Report of the Indian Hemp Drugs Commission, 1894-1895 - Volume V
Year: 1894
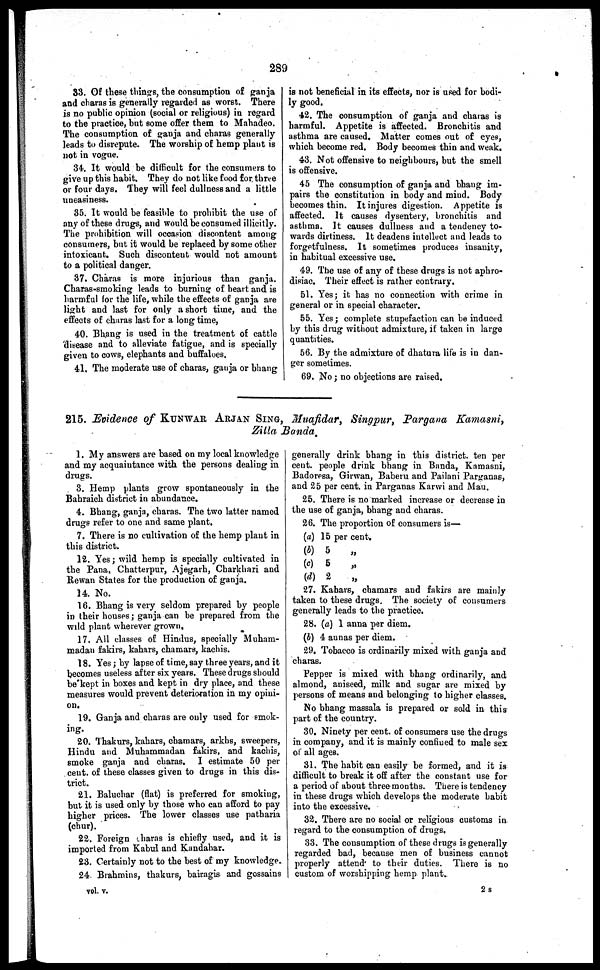
289
33. Of these things, the consumption of ganja
and charas is generally regarded as worst. There
is no public opinion (social or religious) in regard
to the practice, but some offer them to Mahadeo.
The consumption of ganja and charas generally
leads to disrepute. The worship of hemp plant is
not in vogue.
34. It would be difficult for the consumers to
give up this habit. They do not like food for, three
or four days. They will feel dullness and a little
uneasiness.
35. It would be feasible to prohibit the use of
any of these drugs, and would be consumed illicitly.
The prohibition will occasion discontent among
consumers, but it would be replaced by some other
intoxicant. Such discontent would not amount
to a political danger.
37. Charas is more injurious than ganja.
Charas-smoking leads to burning of heart and is
harmful for the life, while the effects of ganja are
light and last for only a short time, and the
effects of charas last for a long time,
40. Bhang is used in the treatment of cattle
disease and to alleviate fatigue, and is specially
given to cows, elephants and buffaloes.
41. The moderate use of charas, ganja or bhang
is not beneficial in its effects, nor is used for bodi-
ly good.
42. The consumption of ganja and charas is
harmful. Appetite is affected. Bronchitis and
asthma are caused. Matter comes out of eyes,
which become red. Body becomes thin and weak.
43. Not offensive to neighbours, but the smell
is offensive.
45 The consumption of ganja and bhang im-
pairs the constitution in body and mind. Body
becomes thin. It injures digestion. Appetite is
affected. It causes dysentery, bronchitis and
asthma. It causes dullness and a tendency to-
wards dirtiness. It deadens intellect and leads to
forgetfulness. It sometimes produces insanity,
in habitual excessive use.
49. The use of any of these drugs is not aphro-
disiac. Their effect is rather contrary.
51. Yes; it has no connection with crime in
general or in special character.
55. Yes; complete stupefaction can be induced
by this drag without admixture, if taken in large
quantities.
56. By the admixture of dhatura life is in dan-
ger sometimes.
69. No; no objections are raised.
215. Evidence of KUNWAR ARJAN SING, Muafidar, Singpur, Pargana Kamasni,
Zilla Banda.
1. My answers are based on my local knowledge
and my acquaintance with the persons dealing in
drugs.
3. Hemp plants grow spontaneously in the
Bahraich district in abundance.
4. Bhang, ganja, charas. The two latter named
drugs refer to one and same plant.
7. There is no cultivation of the hemp plant in
this district.
12. Yes; wild hemp is specially cultivated in
the Pana, Chatterpur, Ajegarh, Charkhari and
Rewan States for the production of ganja.
14. No.
16. Bhang is very seldom prepared by people
in their houses; ganja can be prepared from the
wild plant wherever grown.
17. All classes of Hindus, specially Muham-
madan fakirs, kahars, chamars, kachis.
18. Yes; by lapse of time, say three years, and it
becomes useless after six years. These drugs should
be kept in boxes and kept in dry place, and these
measures would prevent deterioration in my opini-
on.
19. Ganja and charas are only used for smok-
ing.
20. Thakurs, kahars, chamars, arkhs, sweepers,
Hindu and Muhammadan fakirs, and kachis,
smoke ganja and charas. I estimate 50 per
cent. of these classes given to drugs in this dis-
trict.
21. Baluchar (flat) is preferred for smoking,
but it is used only by those who can afford to pay
higher prices. The lower classes use patharia
(chur).
22. Foreign charas is chiefly used, and it is
imported from Kabul and Kandahar.
23. Certainly not to the best of my knowledge.
24. Brahmins, thakurs, bairagis and gossains
generally drink bhang in this district, ten per
cent. people drink bhang in Banda, Kamasni,
Badoresa, Girwan, Baberu and Pailani Parganas,
and 25 per cent. in Parganas Karwi and Mau.
25. There is no marked increase or decrease in
the use of ganja, bhang and charas.
26.
(a)
(b)
(c)
(d)
The proportion of consumers is—
15 per cent.
5
„
5
„
2
27. Kahars, chamars and fakirs are mainly
taken to these drugs. The society of consumers
generally leads to the practice.
28. (a) 1 anna per diem.
(b) 4 annas per diem.
29. Tobacco is ordinarily mixed with ganja and
charas.
Pepper is mixed with bhang ordinarily, and
almond, aniseed, milk and sugar are mixed by
persons of means and belonging to higher classes.
No bhang massala is prepared or sold in this
part of the country.
30. Ninety per cent. of consumers use the drugs
in company, and it is mainly confined to male sex
of all ages.
31. The habit can easily be formed, and it is
difficult to break it off after the constant use for
a period of about three months. There is tendency
in these drugs which develops the moderate habit
into the excessive.
32. There are no social or religious customs in
regard to the consumption of drugs.
33. The consumption of these drugs is generally
regarded bad, because men of business cannot
properly attend to their duties. There is no
custom of worshipping hemp plant.
vol. v.
2s